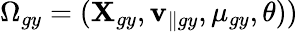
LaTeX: \Omega_{gy}=(\mathbf{X}_{gy},\mathbf{v}_{\parallel gy},\mu_{gy},\theta))